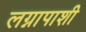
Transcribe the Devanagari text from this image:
लग्नापाशी